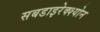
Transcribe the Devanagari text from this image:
सबडाइरेक्श्योन